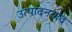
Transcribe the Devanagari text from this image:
उत्पादनवाद